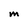
Character: M